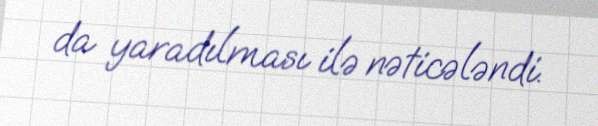
da yaradılması ilə nəticələndi.